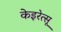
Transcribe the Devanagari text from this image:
केइरेत्सू